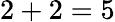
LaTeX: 2+2=5